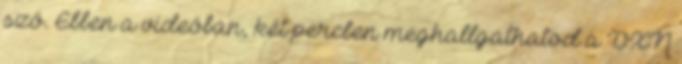
szó. Ebben a videóban, két percben meghallgathatod a DXN